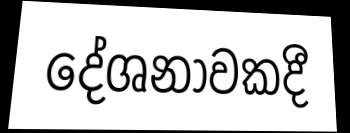
දේශනාවකදී